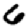
Digit: 6